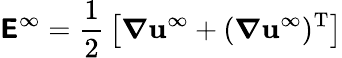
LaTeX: {\boldsymbol{\mathsf{E}}}^{\infty}={\frac{1}{2}}\left[{\boldsymbol{\nabla}}\mathbf{u}^{\infty}+({\boldsymbol{\nabla}}\mathbf{u}^{\infty})^{\mathrm{T}}\right]